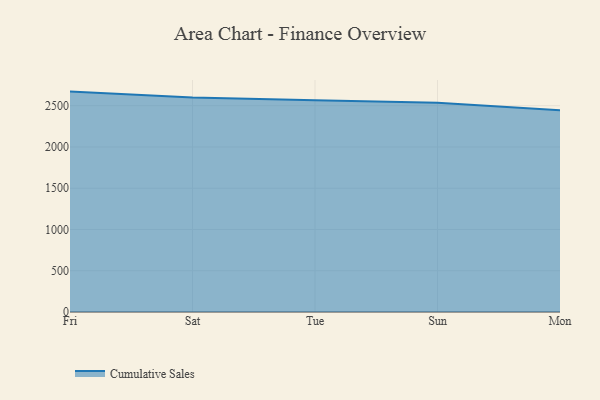
{"axis": {"x": "Day", "y": "Active Users"}, "legend": ["Cumulative Sales"], "data": [{"x": "Fri", "y": 2670.8, "type": "Cumulative Sales"}, {"x": "Sat", "y": 2599.3, "type": "Cumulative Sales"}, {"x": "Tue", "y": 2567.1, "type": "Cumulative Sales"}, {"x": "Sun", "y": 2535.3, "type": "Cumulative Sales"}, {"x": "Mon", "y": 2445.7, "type": "Cumulative Sales"}]}